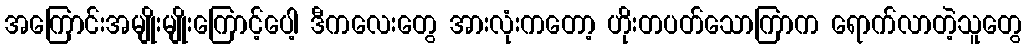
အကြောင်းအမျိုးမျိုးကြောင့်ပေါ့ ဒီကလေးတွေ အားလုံးကတော့ ဟိုးတပတ်သောကြာက ရောက်လာတဲ့သူတွေ